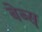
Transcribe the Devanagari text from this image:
बेब्स्